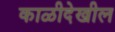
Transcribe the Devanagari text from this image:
काळीदेखील